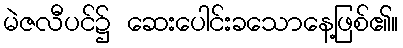
မဲဇလီပင်၌ ဆေးပေါင်းခသောနေ့ဖြစ်၏။